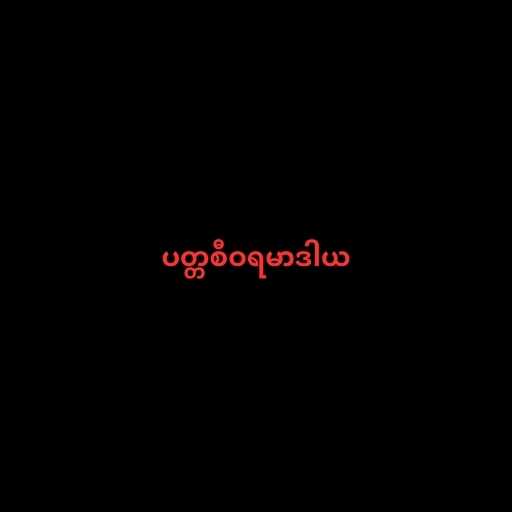
ပတ္တစီဝရမာဒါယ